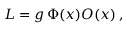
{ \cal L } = g \, \Phi ( x ) { \cal O } ( x ) \, ,